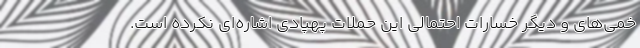
خمی‌های و دیگر خسارات احتمالی این حملات پهپادی اشاره‌ای نکرده است.